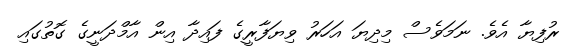
ރުފިޔާ އެވެ. ނަމަވެސް މިދިޔަ އަހަރު ވިޔަފާރީގެ ފައިދާ އިން އާމްދަނީގެ ގޮތުގައި